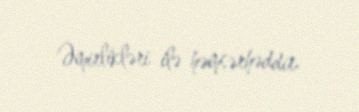
Əmirlikləri ilə həmsərhəddir.